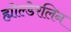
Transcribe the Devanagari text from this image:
ह्योल्डेरलिन